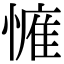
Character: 𢟴